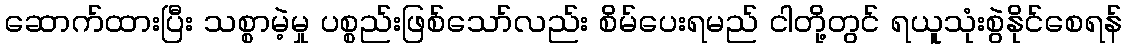
ဆောက်ထားပြီး သစ္စာမဲ့မှု ပစ္စည်းဖြစ်သော်လည်း စိမ်ပေးရမည် ငါတို့တွင် ရယူသုံးစွဲနိုင်စေရန်